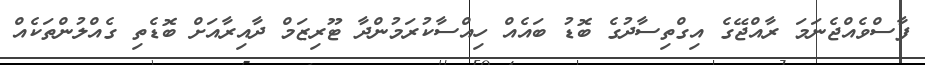
ފާސްވެއްޖެނަމަ ރާއްޖޭގެ އިގްތިސާދުގެ ބޮޑު ބައެއް ހިއްސާކުރަމުންދާ ޓޫރިޒަމް ދާއިރާއަށް ބޮޑެތި ގެއްލުންތަކެއް